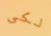
لكى